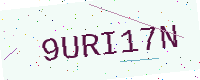
Text: 9URI17N